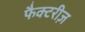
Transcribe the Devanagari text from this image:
फैक्टरीज़